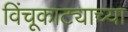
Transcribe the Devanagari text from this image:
विंचूकाट्याच्या